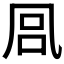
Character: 𭂴